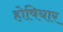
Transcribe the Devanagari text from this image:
होषियार